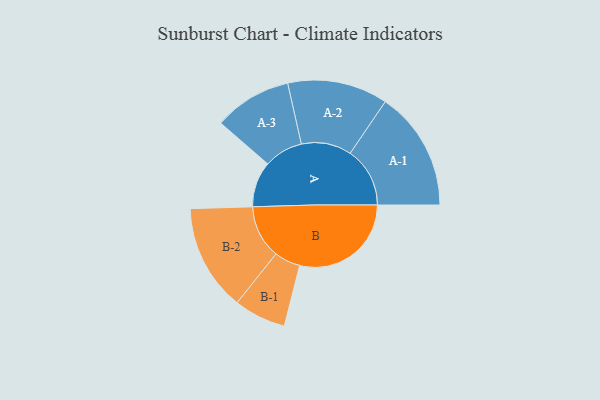
{"axis": {"x": "Segment", "y": "Value"}, "legend": ["", "A", "B"], "data": [{"x": "A", "y": 191, "type": ""}, {"x": "B", "y": 467, "type": ""}, {"x": "A-1", "y": 250, "type": "A"}, {"x": "A-2", "y": 210, "type": "A"}, {"x": "A-3", "y": 163, "type": "A"}, {"x": "B-1", "y": 109, "type": "B"}, {"x": "B-2", "y": 223, "type": "B"}]}